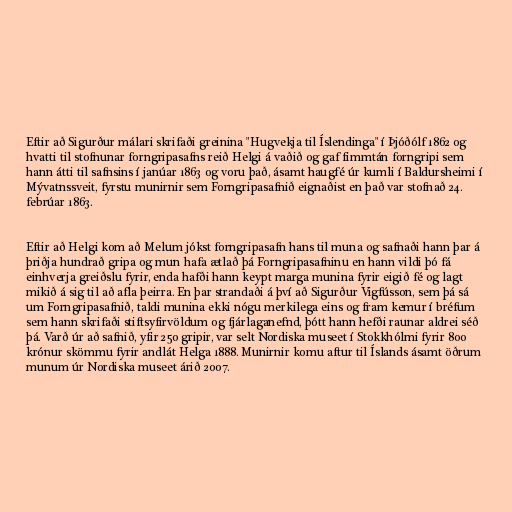
Eftir að Sigurður málari skrifaði greinina "Hugvekja til Íslendinga" í Þjóðólf 1862 og
hvatti til stofnunar forngripasafns reið Helgi á vaðið og gaf fimmtán forngripi sem
hann átti til safnsins í janúar 1863 og voru það, ásamt haugfé úr kumli í Baldursheimi í
Mývatnssveit, fyrstu munirnir sem Forngripasafnið eignaðist en það var stofnað 24.
febrúar 1863.

Eftir að Helgi kom að Melum jókst forngripasafn hans til muna og safnaði hann þar á
þriðja hundrað gripa og mun hafa ætlað þá Forngripasafninu en hann vildi þó fá
einhverja greiðslu fyrir, enda hafði hann keypt marga munina fyrir eigið fé og lagt
mikið á sig til að afla þeirra. En þar strandaði á því að Sigurður Vigfússon, sem þá sá
um Forngripasafnið, taldi munina ekki nógu merkilega eins og fram kemur í bréfum
sem hann skrifaði stiftsyfirvöldum og fjárlaganefnd, þótt hann hefði raunar aldrei séð
þá. Varð úr að safnið, yfir 250 gripir, var selt Nordiska museet í Stokkhólmi fyrir 800
krónur skömmu fyrir andlát Helga 1888. Munirnir komu aftur til Íslands ásamt öðrum
munum úr Nordiska museet árið 2007.